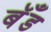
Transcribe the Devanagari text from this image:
बॅँड